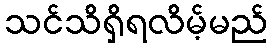
သင်သိရှိရလိမ့်မည်